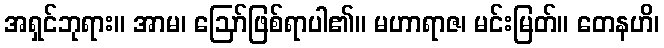
အရှင်ဘုရား။ အာမ၊ ဩော်ဖြစ်ရာပါ၏။ မဟာရာဇ၊ မင်းမြတ်။ တေနဟိ၊